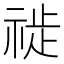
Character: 𱵖